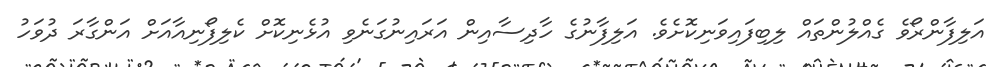
އަލިފާންރޯވެ ގެއްލުންތައް ލިބިފައިވަނިކޮށެވެ. އަލިފާނުގެ ހާދިސާއިން އަރައިނުގަނެވި އުޅެނިކޮށް ކެލިފޯނިއާއަށް އަންގާރަ ދުވަހު